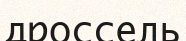
дроссель